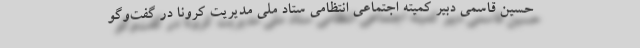
حسین قاسمی دبیر کمیته اجتماعی انتظامی ستاد ملی مدیریت کرونا در گفت‌وگو